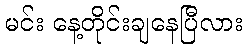
မင်း နေ့တိုင်းချနေပြီလား